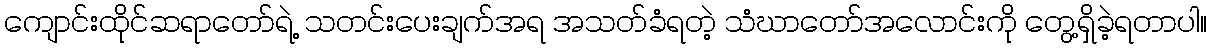
ကျောင်းထိုင်ဆရာတော်ရဲ့ သတင်းပေးချက်အရ အသတ်ခံရတဲ့ သံဃာတော်အလောင်းကို တွေ့ရှိခဲ့ရတာပါ။